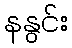
နနွင်း